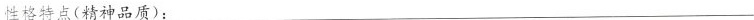
性格特点(精神品质)：___